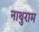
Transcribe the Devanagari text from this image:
नाथुराम